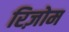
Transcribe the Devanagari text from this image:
रिज़ोम